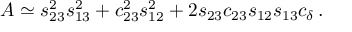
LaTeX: A \simeq s _ { 2 3 } ^ { 2 } s _ { 1 3 } ^ { 2 } + c _ { 2 3 } ^ { 2 } s _ { 1 2 } ^ { 2 } + 2 s _ { 2 3 } c _ { 2 3 } s _ { 1 2 } s _ { 1 3 } c _ { \delta } \, .